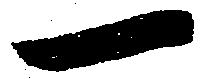
一